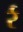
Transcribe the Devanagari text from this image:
र्र